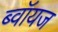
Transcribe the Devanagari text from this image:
ब्‍वॉयज